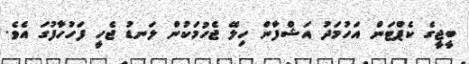
ބީޖީގެ ކެޕްޓަން އަހުމަދު އަޝްފާން ހިލޭ ޖެހުމަކުން ލަނޑު ޖެހީ ފަހުހާފުގަ އެވެ.